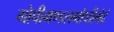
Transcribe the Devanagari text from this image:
गोपीमण्डलगोष्ठीभेदं